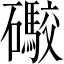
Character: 礮